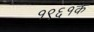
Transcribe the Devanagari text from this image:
१९६१के